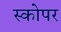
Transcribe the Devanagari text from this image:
स्कोपर